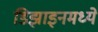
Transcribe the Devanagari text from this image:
डिझाइनमध्ये